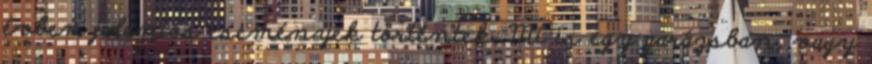
évben jelentős események történtek. Mi is egy garázsban, vagy